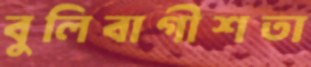
বুলিবাগীশতা